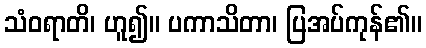
သံဝရာတိ၊ ဟူ၍။ ပကာသိတာ၊ ပြအပ်ကုန်၏။